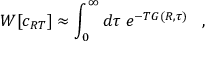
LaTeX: W [ c _ { R T } ] \approx \int _ { 0 } ^ { \infty } d \tau \; e ^ { - T G ( R , \tau ) } \; \; \; ,